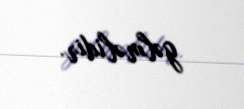
gəlməlidir.